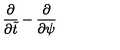
{ \frac { \partial } { \partial \tilde { t } } } - { \frac { \partial } { \partial \psi } }